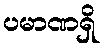
ပမာဏရှိ